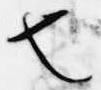
也